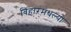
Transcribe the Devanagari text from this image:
बिहारमधल्या